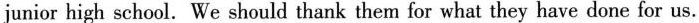
junior high school. We should thank them for what they have done for us.